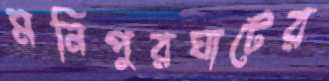
মনিপুরঘাটের